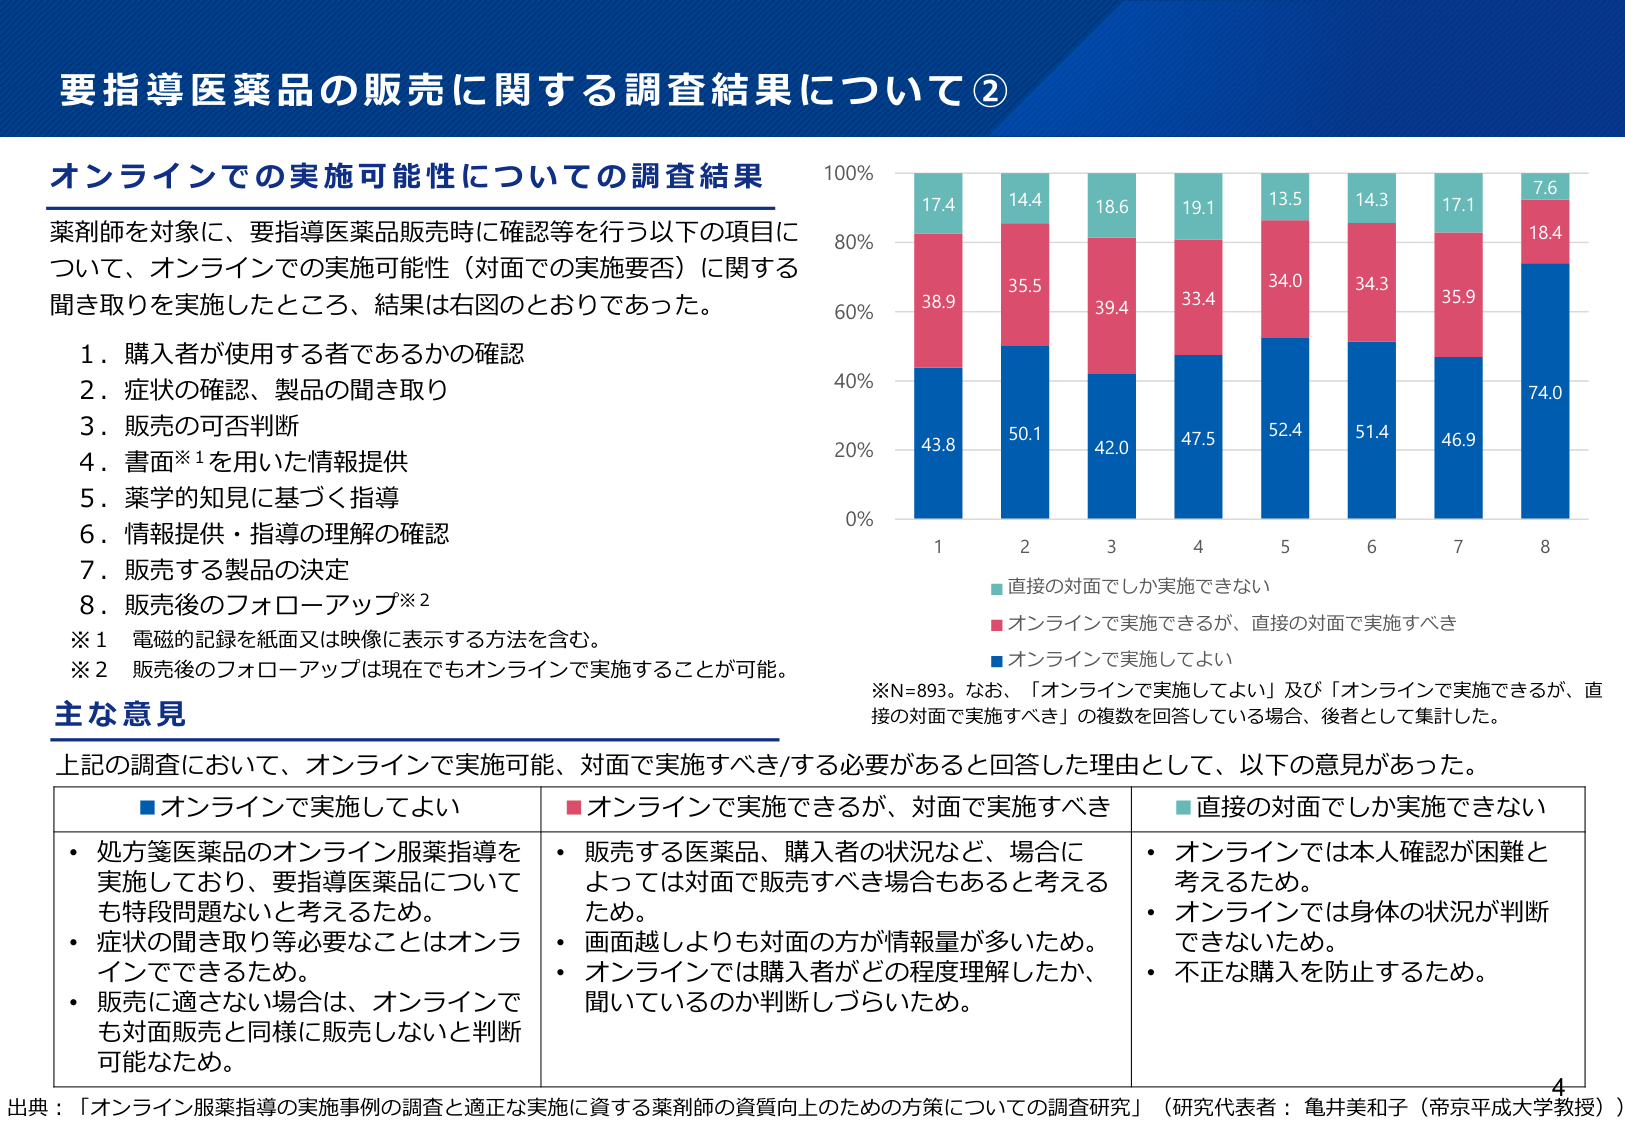
要指導医薬品の販売に関する調査結果について②

オンラインでの実施可能性についての調査結果
薬剤師を対象に、要指導医薬品販売時に確認等を行う以下の項目について、オンラインでの実施可能性（対面での実施要否）に関する聞き取りを実施したところ、結果は右図のとおりであった。

1．購入者が使用する者であるかの確認
2．症状の確認、製品の聞き取り
3．販売の可否判断
4．書面※1を用いた情報提供
5．薬学的知見に基づく指導
6．情報提供・指導の理解の確認
7．販売する製品の決定
8．販売後のフォローアップ※2

※1 電磁的記録を紙面又は映像に表示する方法を含む。
※2 販売後のフォローアップは現在でもオンラインで実施することが可能。

主な意見
上記の調査において、オンラインで実施可能、対面で実施すべき/する必要があると回答した理由として、以下の意見があった。

■オンラインで実施してよい
・処方箋医薬品のオンライン服薬指導を実施しており、要指導医薬品についても特段問題ないと考えるため。
・症状の聞き取り等必要なことはオンラインでできるため。
・販売に適さない場合は、オンラインでも対面販売と同様に販売しないと判断可能なため。

■オンラインで実施できるが、対面で実施すべき
・販売する医薬品、購入者の状況など、場合によっては対面で販売すべき場合もあると考えるため。
・画面越しよりも対面の方が情報量が多いため。
・オンラインでは購入者がどの程度理解したか、聞いているのか判断しづらいため。

■直接の対面でしか実施できない
・オンラインでは本人確認が困難と考えるため。
・オンラインでは身体の状況が判断できないため。
・不正な購入を防止するため。

※N=893。なお、「オンラインで実施してよい」及び「オンラインで実施できるが、直接の対面で実施すべき」の複数を回答している場合、後者として集計した。

出典：「オンライン服薬指導の実施事例の調査と適正な実施に資する薬剤師の資質向上のための方策についての調査研究」（研究代表者：亀井美和子（帝京平成大学教授））

100%
80%
60%
40%
20%
0%

17.4
38.9
43.8

14.4
35.5
50.1

18.6
39.4
42.0

19.1
33.4
47.5

13.5
34.0
52.4

14.3
34.3
51.4

17.1
35.9
46.9

7.6
18.4
74.0

1 2 3 4 5 6 7 8

■直接の対面でしか実施できない
■オンラインで実施できるが、直接の対面で実施すべき
■オンラインで実施してよい

4